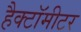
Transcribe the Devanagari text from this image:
हैक्टॉमीटर